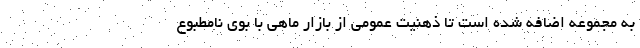
به مجموعه اضافه شده است تا ذهنیت عمومی از بازار ماهی با بوی نامطبوع